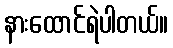
နားထောင်ရဲပါတယ်။